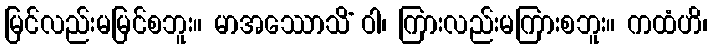
မြင်လည်းမမြင်စဘူး။ မာအဿောသိံ ဝါ၊ ကြားလည်းမကြားစဘူး။ ကထံဟိ၊